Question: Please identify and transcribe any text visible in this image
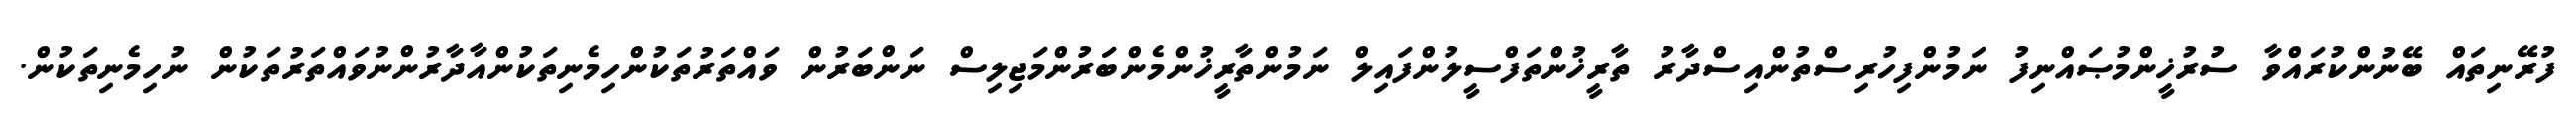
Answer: ފުރޭނިތައް ބޭނުންކުރައްވާ ސުރުޚީންމުޞައްނިފު ނަމުންފިހުރިސްތުންއިސްދާރު ތާރީޚުންތަފްސީލުންފައިލް ނަމުންތާރީޚުންމެންބަރުންމަޖިލިސް ނަންބަރުން ވައްތަރުތަކުންހިމެނިތަކުންއާދާރުންނުވައްތަރުތަކުން ނުހިމެނިތަކުން.